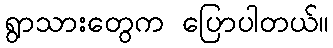
ရွာသားတွေက ပြောပါတယ်။